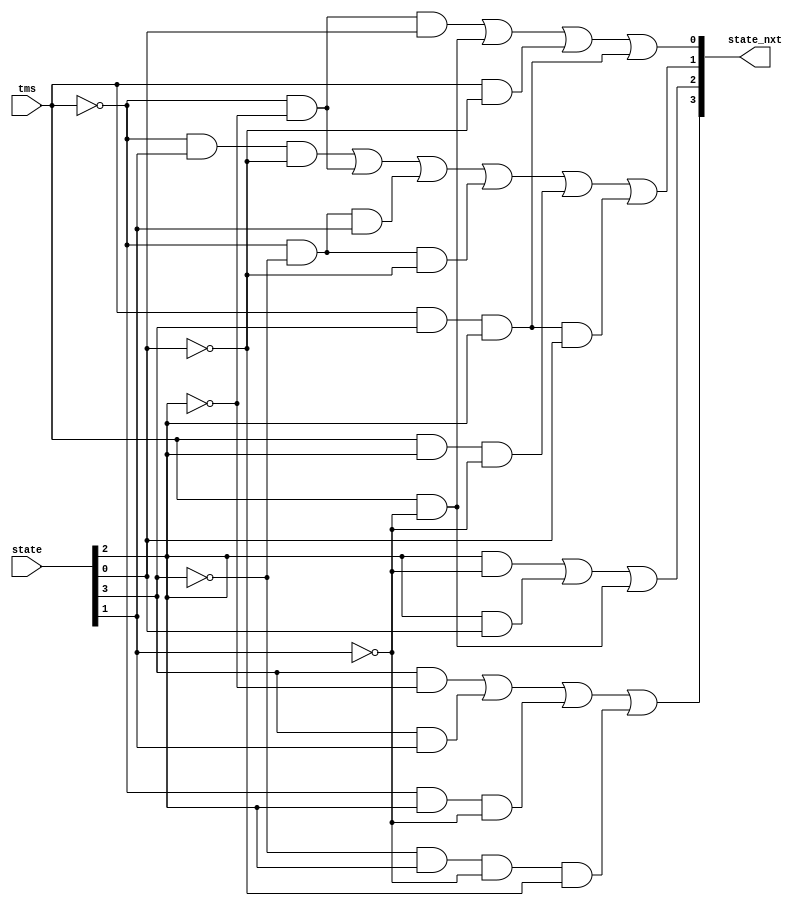
module jtag_fsm1(
	input [3:0] state,
	input tms,
	output [3:0] state_nxt
    );
wire a,b,c,d,a_nxt,b_nxt,c_nxt,d_nxt;
assign {d,c,b,a} = state[3:0]; //a:0,b:1,c:2,d:3
assign a_nxt=(~tms& ~c & a)|(tms &~b)|(tms & ~a)|(tms& d & c);
assign b_nxt=(~tms& b & ~a)|(~tms&~c)|(~tms & ~d & b)|(~tms & ~d & ~a)|(tms & c & ~b)|(tms & d & c & a);
assign c_nxt=(c & ~b)|(c&a)|(tms &~b);
assign d_nxt=(d & ~c)|(d&b)|(~tms&c&~b)|(~d & c & ~b &~a);
assign state_nxt = {d_nxt,c_nxt,b_nxt,a_nxt};

endmodule